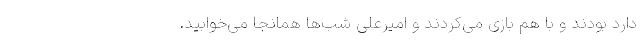
دارد بودند و با هم بازی می‌کردند و امیرعلی شب‌ها همانجا می‌خوابید.